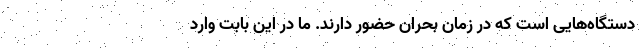
دستگاه‌هایی است که در زمان بحران حضور دارند. ما در این بابت وارد